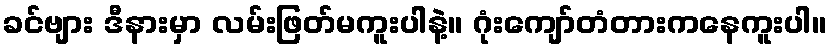
ခင်ဗျား ဒီနားမှာ လမ်းဖြတ်မကူးပါနဲ့။ ဂုံးကျော်တံတားကနေကူးပါ။